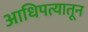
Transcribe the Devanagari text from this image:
आधिपत्यातून